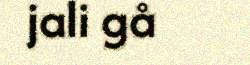
jali gå